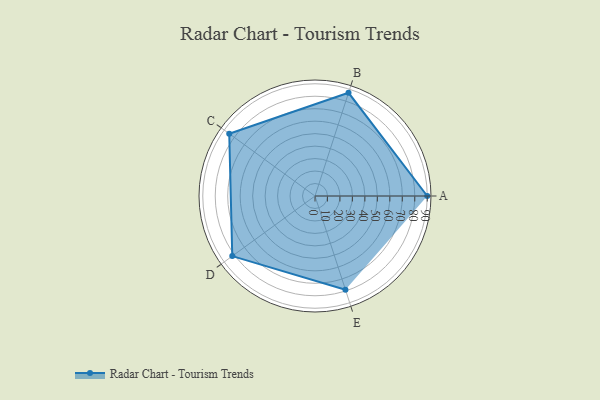
{"axis": {"x": "Skill", "y": "Score"}, "legend": ["Profile"], "data": [{"x": "A", "y": 90.0, "type": "Profile"}, {"x": "B", "y": 87.0, "type": "Profile"}, {"x": "C", "y": 85.0, "type": "Profile"}, {"x": "D", "y": 82.0, "type": "Profile"}, {"x": "E", "y": 79.0, "type": "Profile"}]}